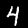
Label: 4